Korgessaare_vallavalitsus, lk 39
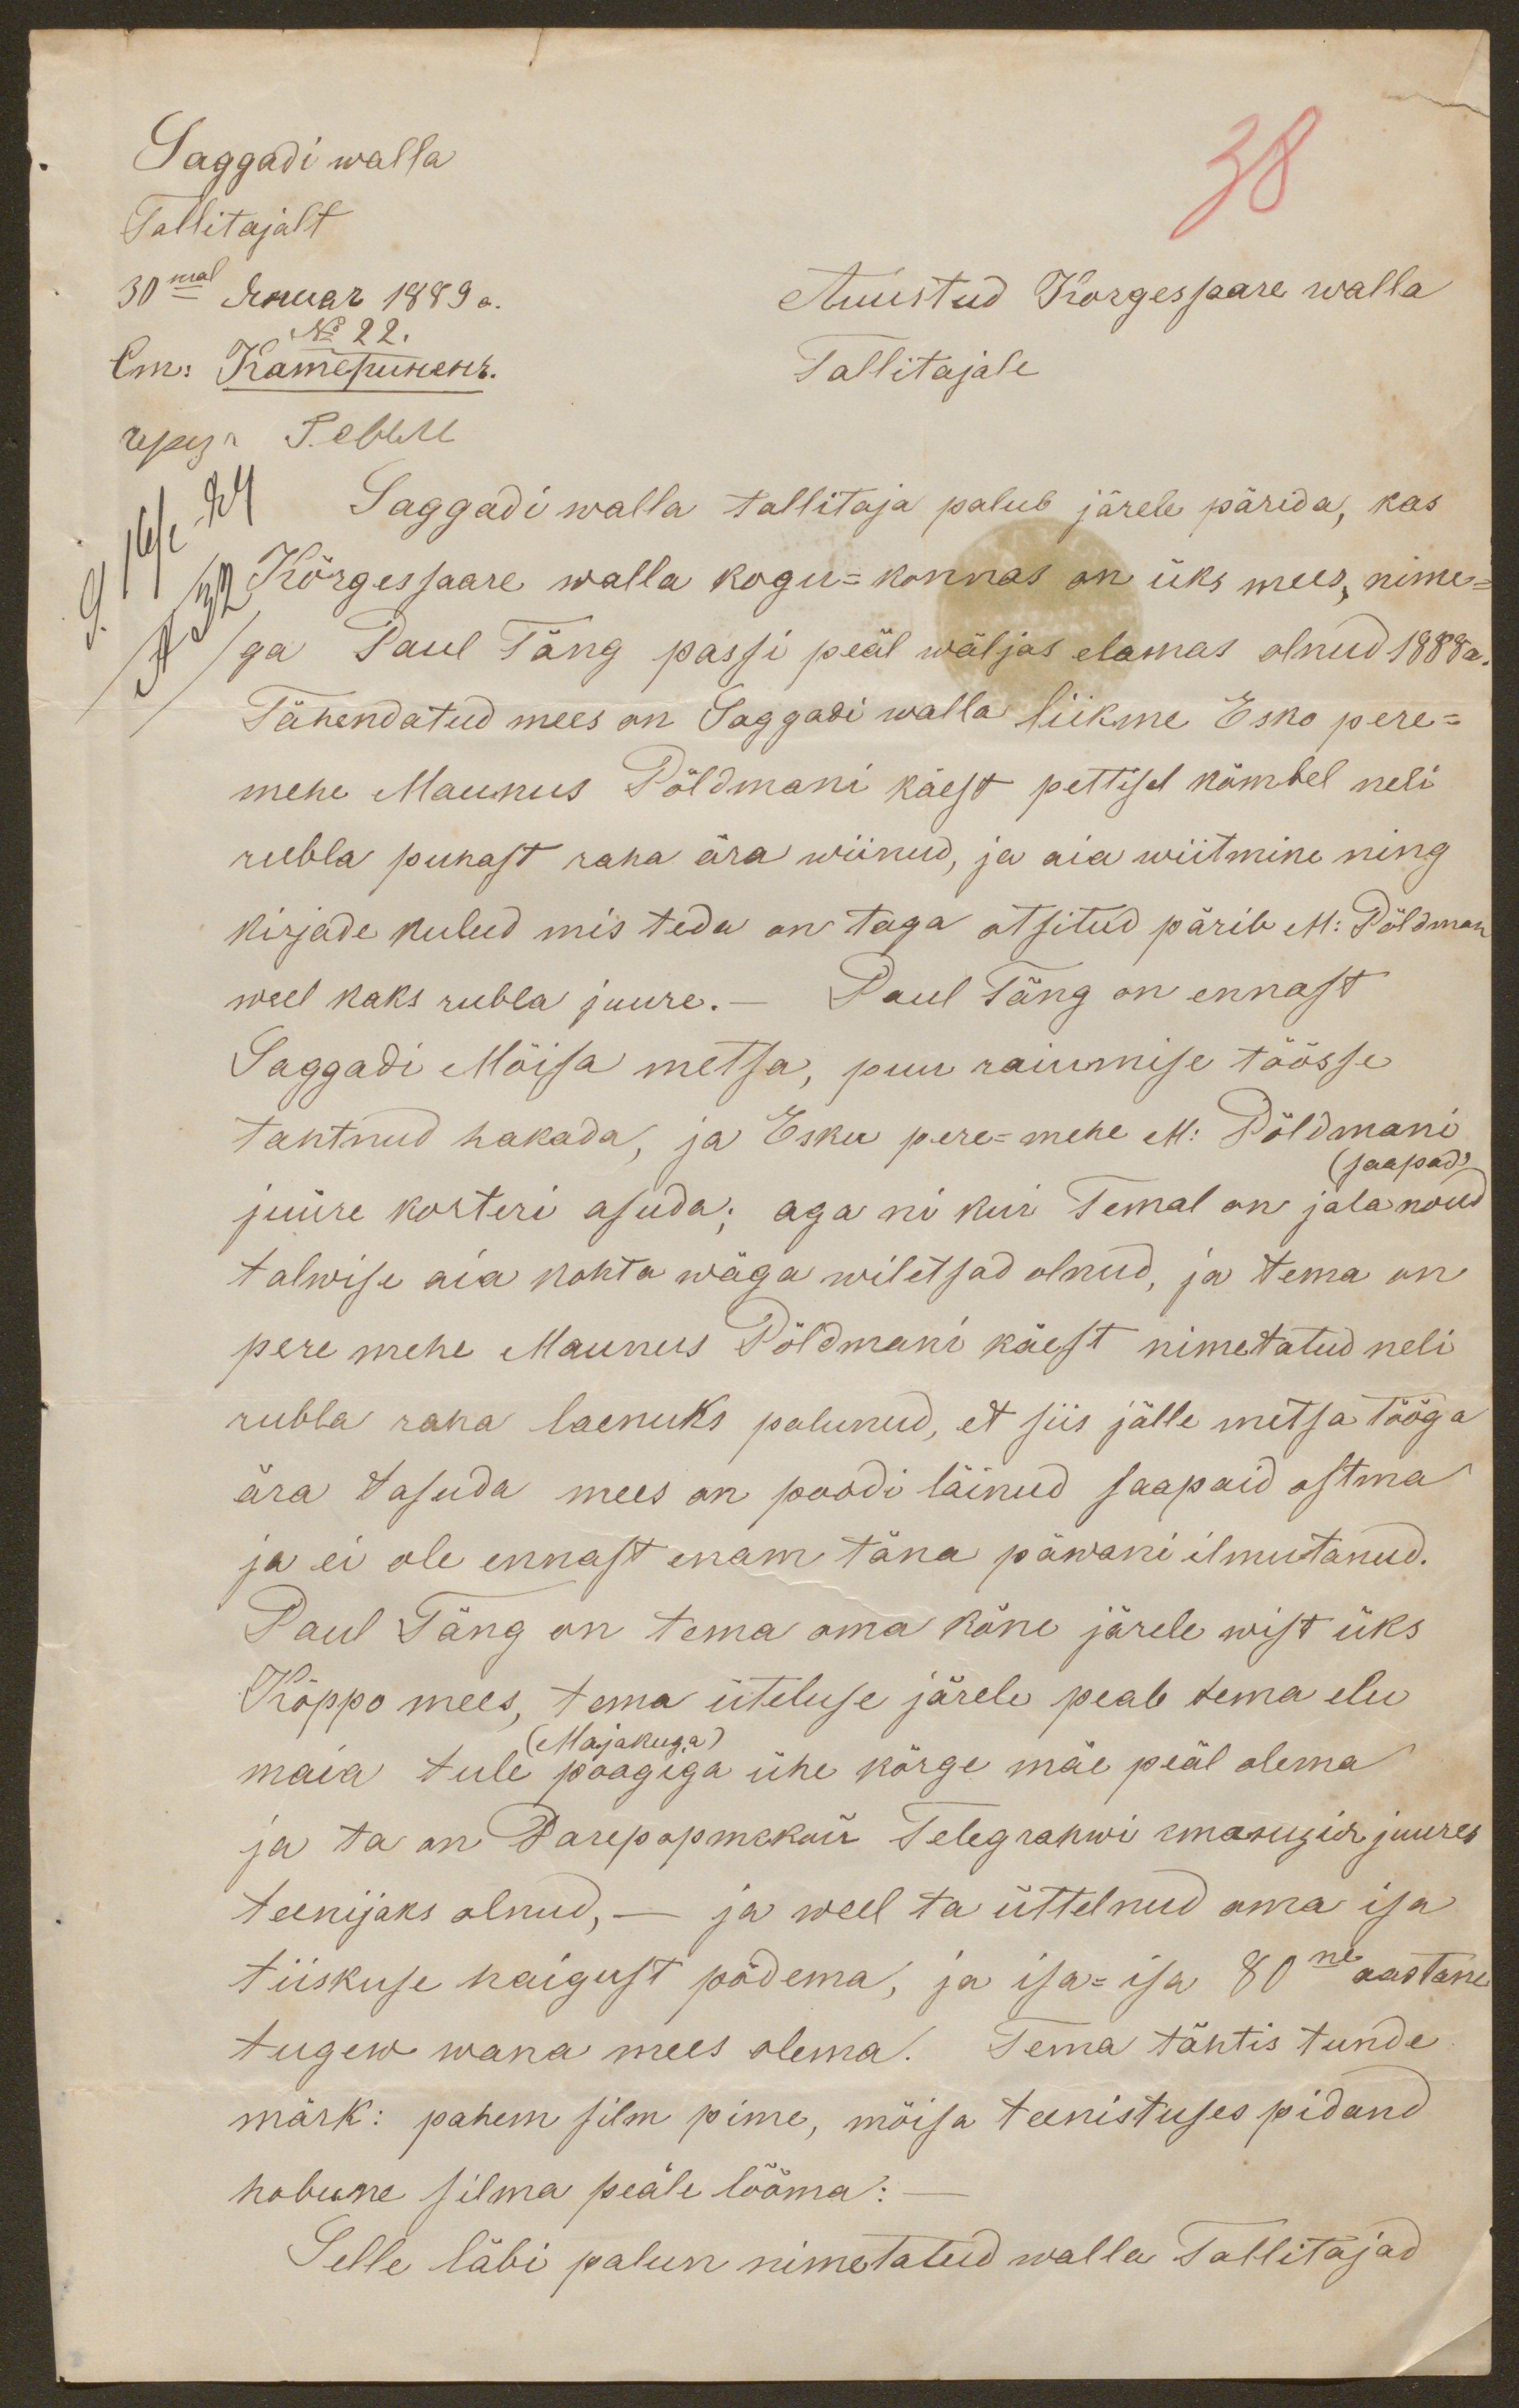
Saggadi walla
38
Tallitajalt
30mal Januar 1889 a.
Auustud Korgessaare walla
No 22.
Tallitajale
Saggadi walla tallitaja palub järele pärida, kas
Kõrgessaare walla kogu-konnas on üks mees, nime-
ga Paul Täng passi peäl wäljas elamas olnud 1888 a.
Tähendatud mees on Saggadi walla liikme Esko pere-
mehe Maunus Põldmani käest pettisel kõmbel neli
rubla puhast raha ära wiinud, ja aia wiitmine ning
kirjade kulud mis teda on taga otsitud pärib M: Põldman
weel kaks rubla juure. - Paul Täng on ennast
Saggadi Mõisa metsa, puu raiumise töösse
tahtnud hakada, ja Esku pere-mehe M: Põldmani
(saapad)'
juure korteri asuda; aga ni kui Temal on jalanoud
talwise aia kohta wäga wiletsad olnud, ja tema on
pere mehe Maunus Põldmani käest nimetatud neli
rubla raha laenuks palunud, et siis jälle metsa tööga
ära tasuda mees on poodi läinud saapaid ostma
ja ei ole ennast enam täna päwani ilmutanud.
Paul Täng on tema oma kõne järele wist üks
Kõppo mees, tema üteluse järele peab tema elu
(Majakuga)
maia tule paagiga ühe kõrge mäe peäl olema
ja ta on Parepannekuid Telegrahwi omasugid juures
teenijaks olnud, - ja weel ta üttelnud oma isa
tiiskuse haigust põdema, ja isa-isa 80ne aastane
tugew wana mees olema. Tema tähtis tunde
märk: pahem silm pime, mõisa teenistuses pidand
hobune silma peäle lööma.
Selle läbi palun nimetatud walla Tallitajad